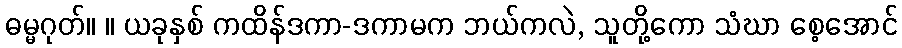
ဓမ္မဂုတ်။ ။ ယခုနှစ် ကထိန်ဒကာ-ဒကာမက ဘယ်ကလဲ, သူတို့ကော သံဃာ စေ့အောင်